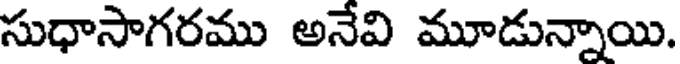
సుధాసాగరము అనేవి మూడున్నాయి.